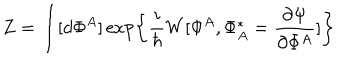
LaTeX: Z = \int [ d \Phi ^ { A } ] \exp \left\{ \frac { i } { \hbar } W [ \Phi ^ { A } , \Phi _ { A } ^ { * } = \frac { \partial \Psi } { \partial \Phi ^ { A } } ] \right\}